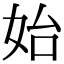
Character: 始